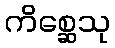
ကိစ္ဆေသု